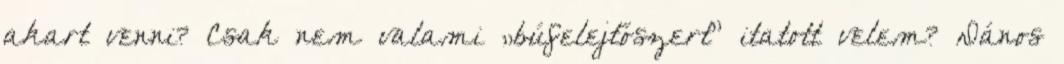
a­kart venni? Csak nem valami „búfelejtőszert” itatott velem? Dános